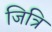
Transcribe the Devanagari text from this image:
जित्रि